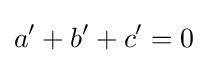
a'+b'+c'=0